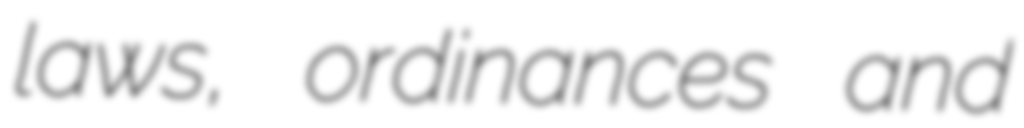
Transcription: laws, ordinances and